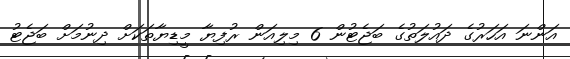
އަންނަ އަހަރުގެ ދައުލަތުގެ ބަޖެޓުން 6 މިލިއަން ރުފިޔާ މީޑިޔާތަކަށް ދިނުމަށް ބަޖެޓު